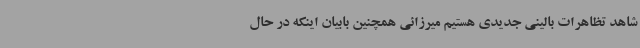
شاهد تظاهرات بالینی جدیدی هستیم میرزائی همچنین بابیان اینکه در حال